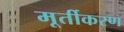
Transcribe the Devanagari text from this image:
मूर्तीकरण